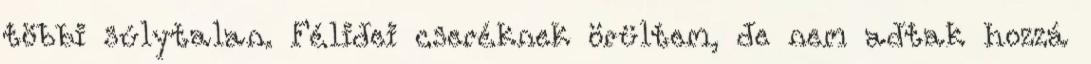
többi súlytalan. Félidei cseréknek örültem, de nem adtak hozzá